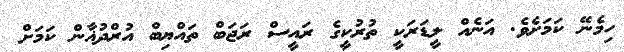
ހިމެނޭ ކަމަށެވެ. އަނެއް ލީޑަރަކީ ތުރުކީގެ ރައީސް ރަޖަބް ތައްޔިބް އުރްދުޣާން ކަމަށް